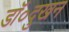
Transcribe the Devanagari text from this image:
डॉ०दुखन